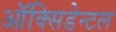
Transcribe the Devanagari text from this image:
ऑक्सिडेन्टल